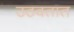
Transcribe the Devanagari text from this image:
उठवतात